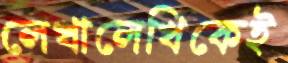
লেখালেখিকেই